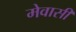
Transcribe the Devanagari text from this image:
मेवासी